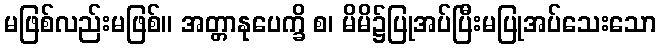
မဖြစ်လည်းမဖြစ်။ အတ္တာနုပေက္ခိ စ၊ မိမိ၌ပြုအပ်ပြီးမပြုအပ်သေးသော